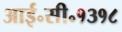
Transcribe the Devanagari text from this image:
आई॰सी॰१३१८